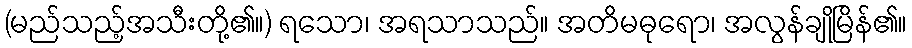
(မည်သည့်အသီးတို့၏။) ရသော၊ အရသာသည်။ အတိမဓုရော၊ အလွန်ချိုမြိန်၏။